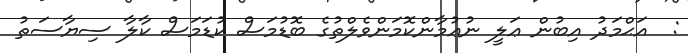
:  އަޙްމަދު އިބުން ޢަލީ ނުޢުމާންކޮމަންވެލްތުގެ ބޮޑުމަސް ކުޑަމަސް ކާލާ ސިޔާސަތު